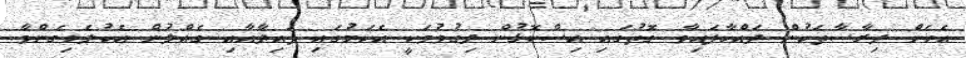
އެހެން ދިރާސާތަކުން ދައްކާފައިވާ ގޮތުގައި އިސްކޮޅުން ދިގުވުމަކީ އެކަމުގައި ފައިދާއާއި ގެއްލުން އެކުލެވިގެންވާ